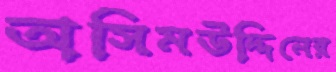
অসিমউদ্দিনের